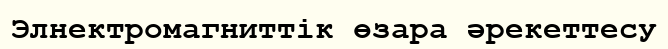
Элнектромагниттік өзара әрекеттесу